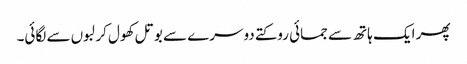
پھر ایک ہاتھ سے جمائی روکتے دوسرے سے بوتل کھول کر لبوں سے لگائی۔